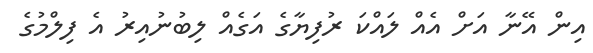
އިން އޭނާ އަށް އެއް ލައްކަ ރުފިޔާގެ އަގެއް ލިބުނުއިރު އެ ފިލްމުގެ